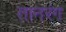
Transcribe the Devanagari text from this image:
तानरंग